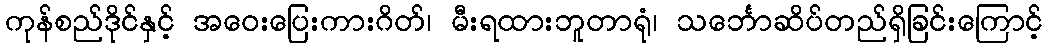
ကုန်စည်ဒိုင်နှင့် အဝေးပြေးကားဂိတ်၊ မီးရထားဘူတာရုံ၊ သင်္ဘောဆိပ်တည်ရှိခြင်းကြောင့်